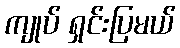
ကျုပ် ရှင်းပြမယ်